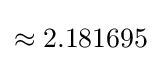
\approx 2.181695